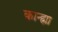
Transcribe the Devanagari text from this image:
कान्ह्या